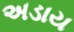
અડાય